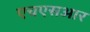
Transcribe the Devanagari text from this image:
एचएसआर